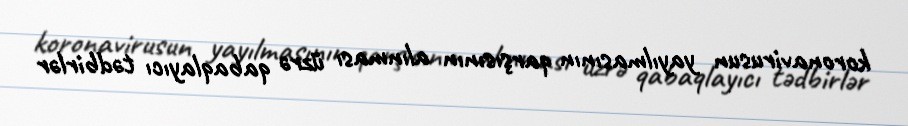
koronavirusun yayılmasının qarşısının alınması üzrə qabaqlayıcı tədbirlər